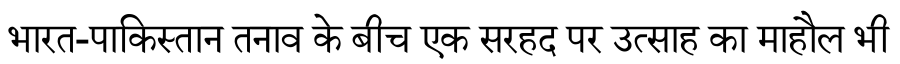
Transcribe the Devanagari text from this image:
भारत-पाकिस्तान तनाव के बीच एक सरहद पर उत्साह का माहौल भी